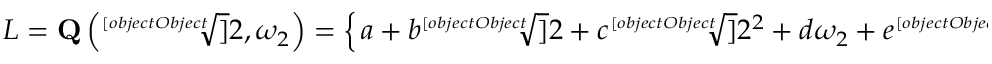
L = \mathbf { Q } \left( { \sqrt [ [object Object] ] { 2 } } , \omega _ { 2 } \right) = \left\{ \left. a + b { \sqrt [ [object Object] ] { 2 } } + c { \sqrt [ [object Object] ] { 2 ^ { 2 } } } + d \omega _ { 2 } + e { \sqrt [ [object Object] ] { 2 } } \omega _ { 2 } + f { \sqrt [ [object Object] ] { 2 ^ { 2 } } } \omega _ { 2 } \right| a , b , c , d , e , f \in \mathbf { Q } \right\}